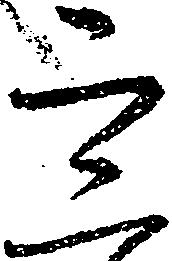
四